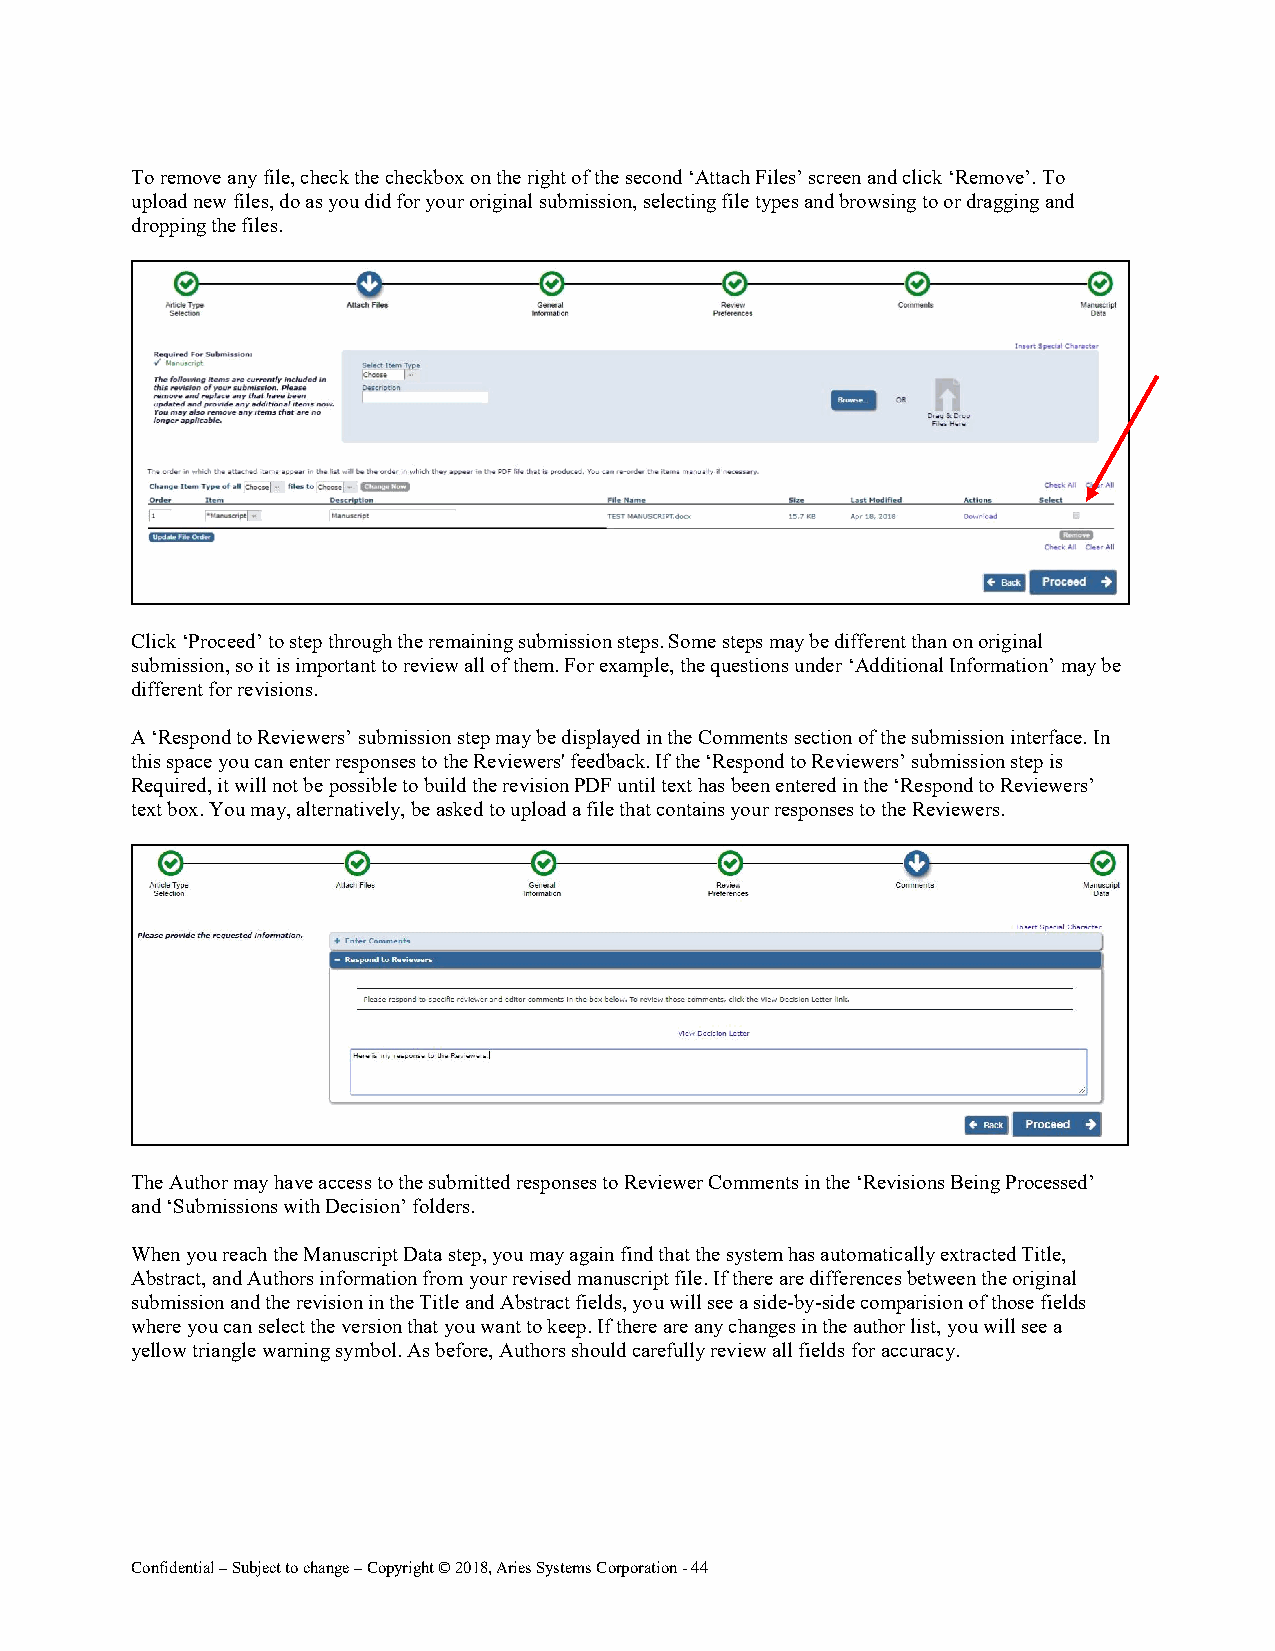
To remove any file, check the checkbox on the right of the second ‘Attach Files’ screen and click ‘Remove’. To
 upload new files, do as you did for your original submission, selecting file types and browsing to or dragging and
 dropping the files.
 Click ‘Proceed’ to step through the remaining submission steps. Some steps may be different than on original
 submission, so it is important to review all of them. For example, the questions under ‘Additional Information’ may be
 different for revisions.
 A ‘Respond to Reviewers’ submission step may be displayed in the Comments section of the submission interface. In
 this space you can enter responses to the Reviewers' feedback. If the ‘Respond to Reviewers’ submission step is
 Required, it will not be possible to build the revision PDF until text has been entered in the ‘Respond to Reviewers’
 text box. You may, alternatively, be asked to upload a file that contains your responses to the Reviewers.
 The Author may have access to the submitted responses to Reviewer Comments in the ‘Revisions Being Processed’
 and ‘Submissions with Decision’ folders.
 When you reach the Manuscript Data step, you may again find that the system has automatically extracted Title,
 Abstract, and Authors information from your revised manuscript file. If there are differences between the original
 submission and the revision in the Title and Abstract fields, you will see a side-by-side comparision of those fields
 where you can select the version that you want to keep. If there are any changes in the author list, you will see a
 yellow triangle warning symbol. As before, Authors should carefully review all fields for accuracy.
 Confidential – Subject to change – Copyright © 2018, Aries Systems Corporation - 44